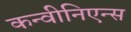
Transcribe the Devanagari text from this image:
कन्वीनिएन्स